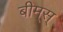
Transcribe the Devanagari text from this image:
बीम्‌स्